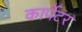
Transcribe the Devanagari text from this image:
कार्पेटर